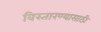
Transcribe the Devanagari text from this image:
विस्तारण्यासाठी